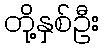
တို့နှစ်ဦး